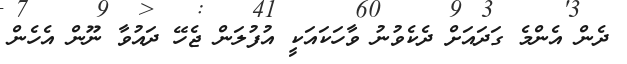
ދެން އެންމެ ގަދައަށް ދެކެވުނު ވާހަކައަކީ އުފުލަން ޖެހޭ ދައުވާ ނޫން އެހެން